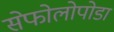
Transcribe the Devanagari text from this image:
सेफोलोपोडा